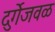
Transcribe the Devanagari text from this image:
दुर्गेजवळ